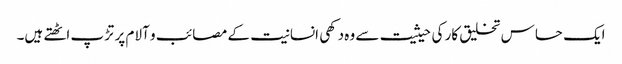
ایک حساس تخلیق کار کی حیثیت سے وہ دکھی انسانیت کے مصائب و آلام پر تڑپ اٹھتے ہیں۔